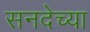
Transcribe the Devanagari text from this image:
सनदेच्या